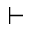
\vdash